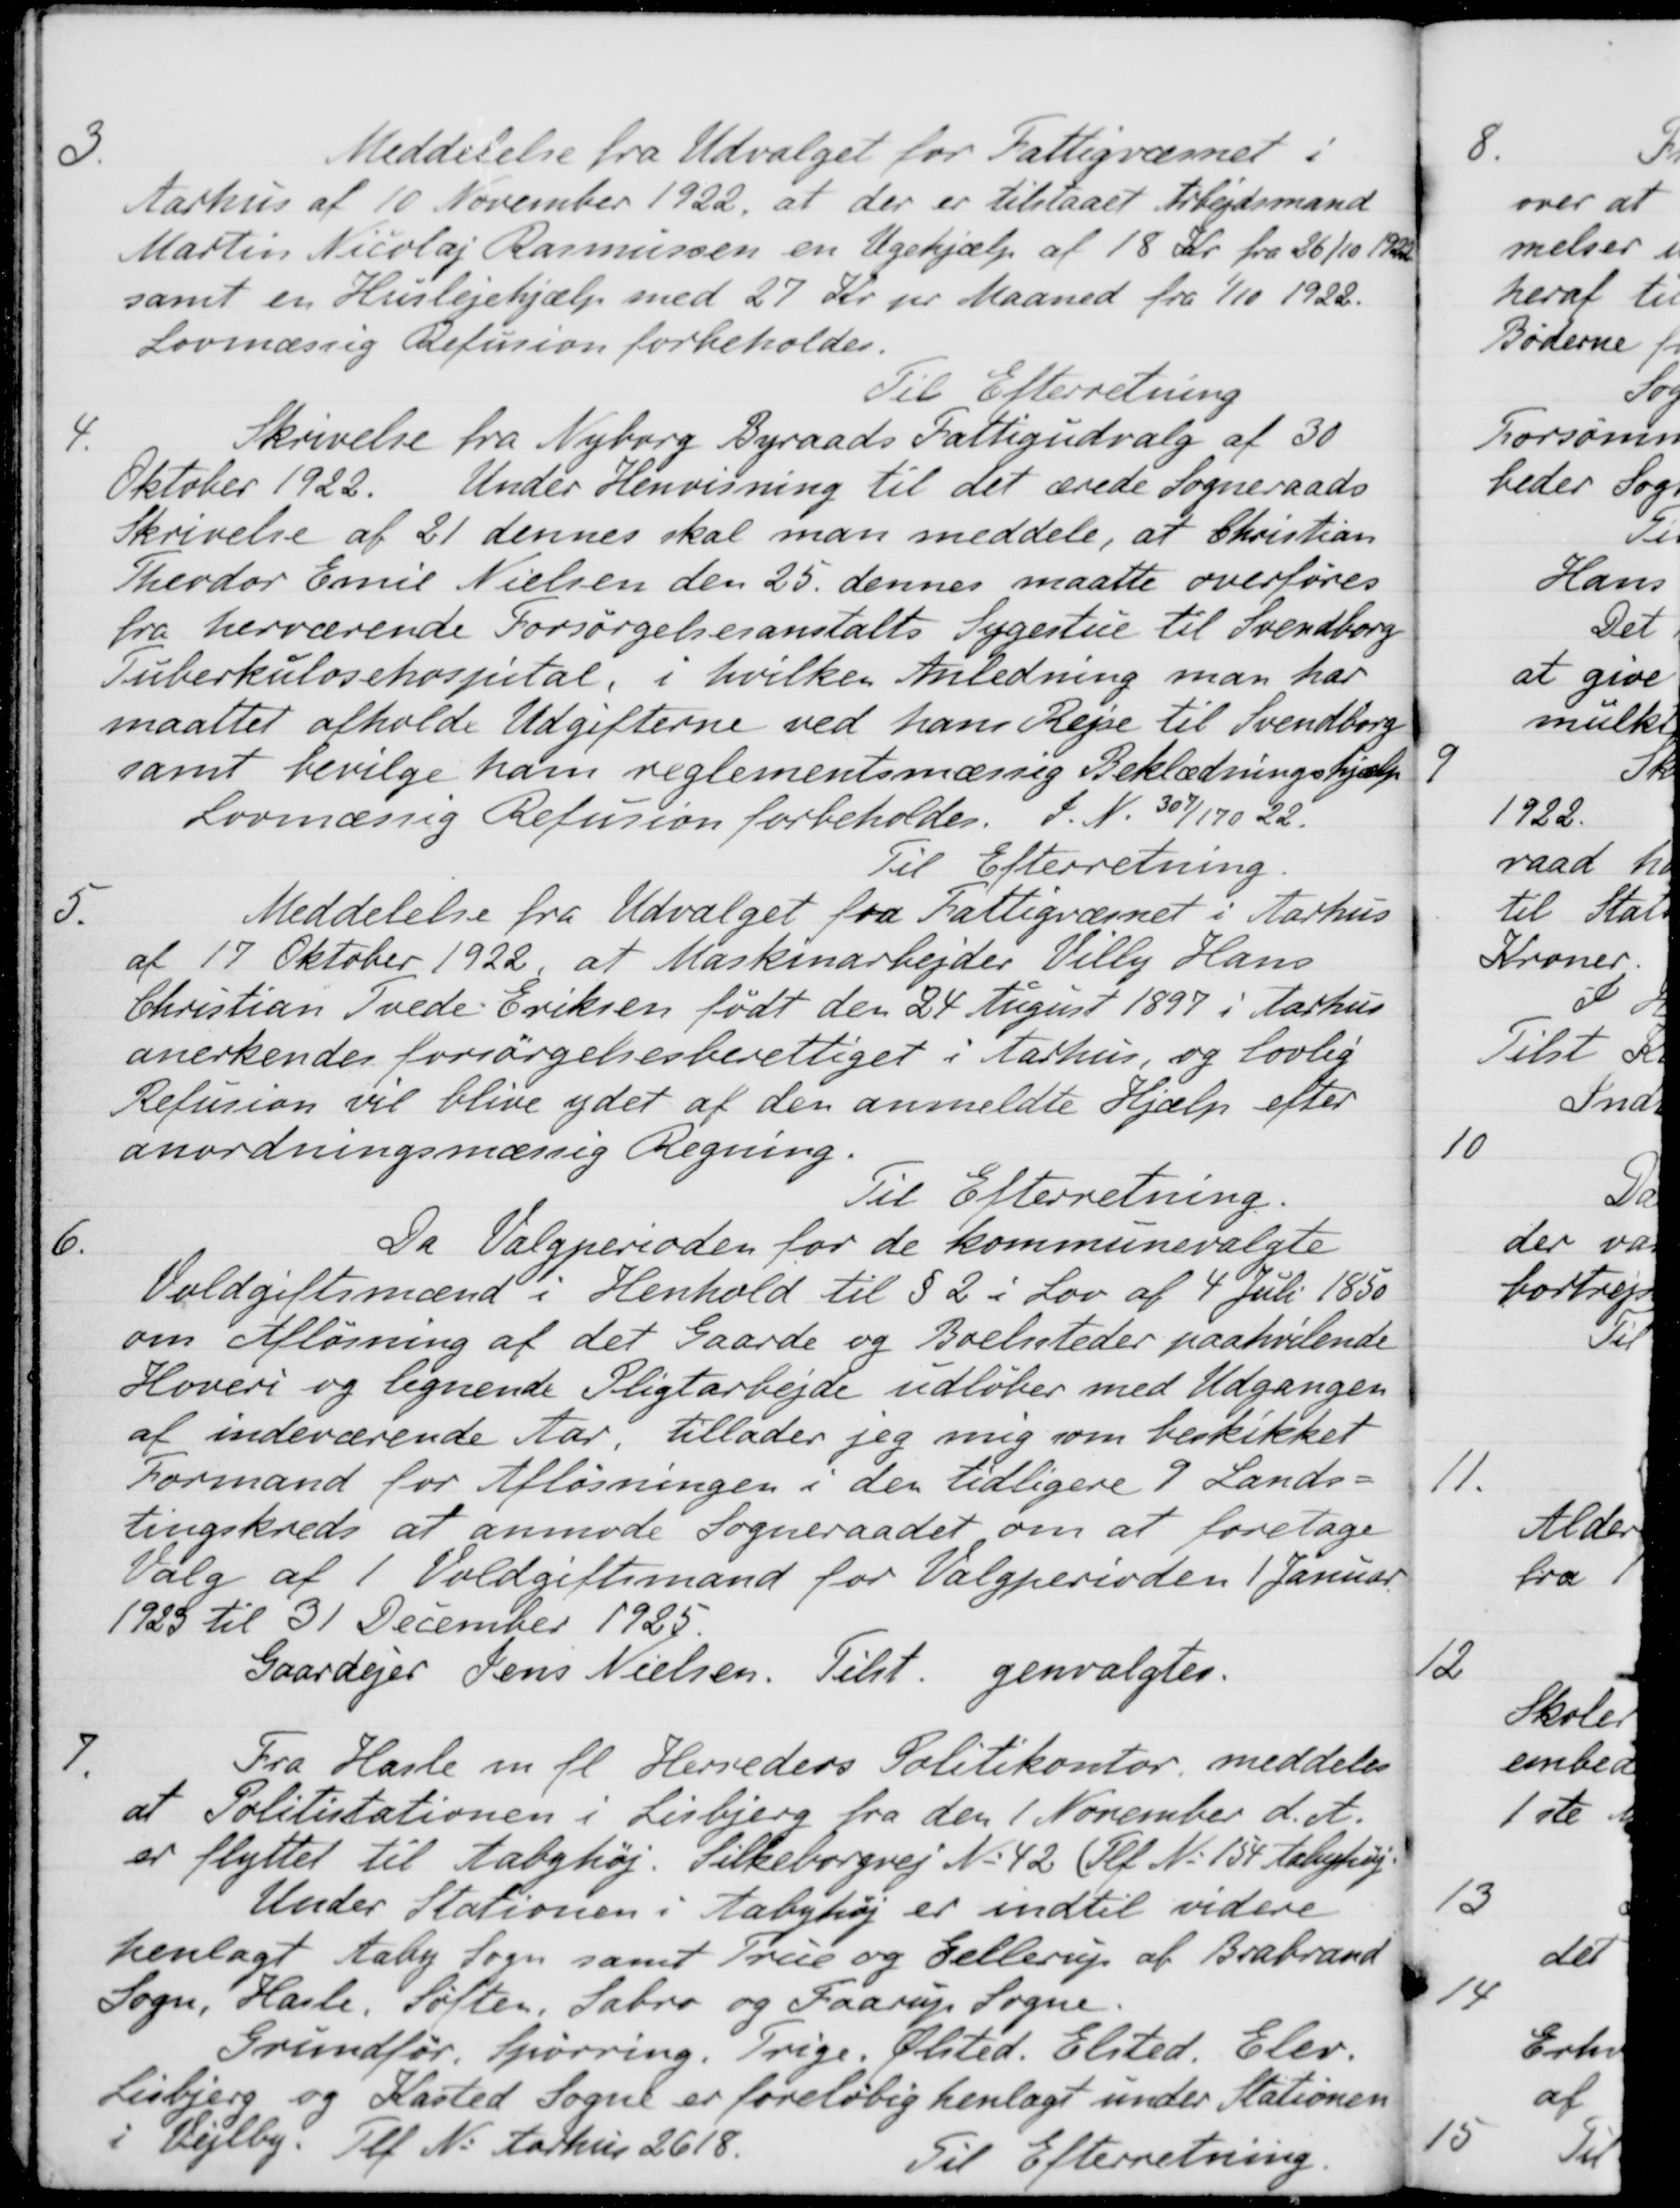
Transskription:
3.
Meddelelse fra Udvalget for Fattigvæsnet i
Aarhus af 10 November 1922, at der er tilstaaet Arbejdsmand
Martin Nicolaj Rasmussen en Ugehjælp af 18 Kr. fra 26/10 1922
samt en Huslejehjælp med 27 Kr. pr Maaned fra 1/10 1922.
Lovmæssig Refusion forbeholdes.
Til Efterretning
4. 
Skrivelse fra Nyborg Byraads Fattigudvalg af 30
Oktober 1922. Under Henvisning til det ærede Sogneraads
Skrivelse af 21 dennes skal man meddele, at Christian
Theodor Emil Nielsen den 25 dennes maatte overføres
fra herværende Forsørgelsesanstalts Sygestue til Svendborg
Tuberkulosehospital, i hvilken Anledning man har
maattet afholde Udgifterne ved hans Rejse til Svendborg
samt bevilge ham reglementsmæssig Beklædningshjælp
Lovmæssig Refusion forbeholder. J. N. 307/170 22.
Til Efterretning
5.
Meddelelse fra Udvalget fra Fattigvæsnet i Aarhus
af 17 Oktober 1922, at Maskinarbejder Villy Hans
Christian Tvede Eriksen født den 24 August 1897 i Aarhus
anerkendes forsørgelsesberettiget i Aarhus, og lovlig
Refusion vil blive ydet at den anmeldte Hjælp efter
anordningsmæssig Regning.
Til Efterretning.
6.
Da Valgperioden for de kommunevalgte
Voldgiftsmænd i Henhold til § 2 i Lov af 4 Juli 1850
om Afløsning af det Gaarde og Boelsteder paahvilende
Hoveri og lignende Pligtarbejde udløber med Udgangen
af indeværende Aar, tillader jeg mig som beskikket
Formand for Afløsningen i den tidligere 9 Lands-
tingskreds at anmode Sogneraadet om at foretage
Valg af 1 Voldgiftsmand for Valgperioden 1 Januar
1923 til 31 December 1925.
Gaardejer Jens Nielsen
Tilst.
genvalgtes.
7.
Fra Hasle m. fl. Herreders Politikontor, meddeles
at Politistationen i Lisbjerg fra den 1 November d. A.
er flyttet til Aabyhøj. Silkeborgvej No 42 (Pet. No. 154 Aabyhøj.
Under Stationen i Aabyhøj er indtil videre
henlagt Aaby Sogn samt True og Gellerup af Brabrand
Sogn, Hasle Søften, Sabro og Faarup Sogne.
Grundfør Spørring. Trige Ølsted. Elsted. Elev.
Lisbjerg og Kasted Sogne er foreløbig henlagt under Stationen
i Vejlby. Tlf N. Aarhus 2618.
Til Efterretning.